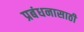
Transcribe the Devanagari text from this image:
प्रबंधनासाठी